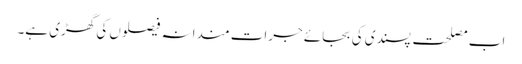
اب مصلحت پسندی کی بجائے جرات مندانہ فیصلوں کی گھڑی ہے۔